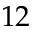
1 2